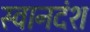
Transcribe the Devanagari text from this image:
स्वानदंश